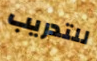
للتدريب